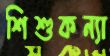
শিশুকন্যা